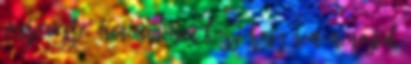
vegre vegre, igen igen igen Koszi hogy nem menoztok